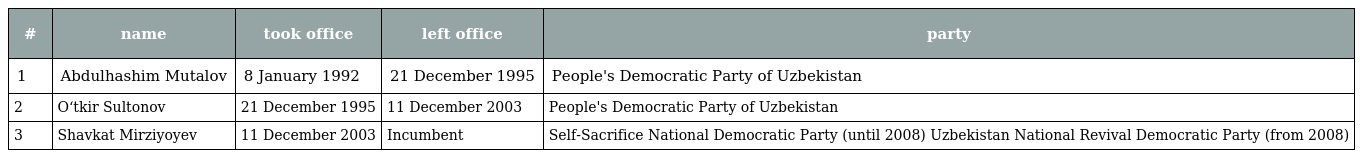
| # | name | took office | left office | party |
 | --- | --- | --- | --- | --- |
 | 1 | Abdulhashim Mutalov | 8 January 1992 | 21 December 1995 | People's Democratic Party of Uzbekistan |
 | 2 | O‘tkir Sultonov | 21 December 1995 | 11 December 2003 | People's Democratic Party of Uzbekistan |
 | 3 | Shavkat Mirziyoyev | 11 December 2003 | Incumbent | Self-Sacrifice National Democratic Party (until 2008) Uzbekistan National Revival Democratic Party (from 2008) |